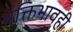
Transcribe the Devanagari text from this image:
भक्तिभावही